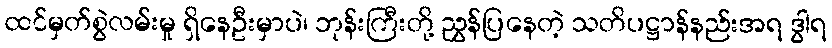
ထင်မှတ်စွဲလမ်းမှု ရှိနေဦးမှာပဲ၊ ဘုန်းကြီးတို့ ညွှန်ပြနေတဲ့ သတိပဋ္ဌာန်နည်းအရ ဒွါရ